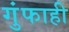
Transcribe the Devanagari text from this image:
गुंफाही